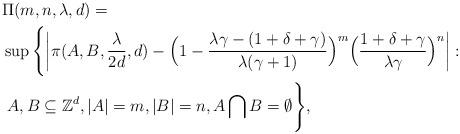
LaTeX: \begin{align*}&\Pi(m,n,\lambda,d)=\\&\sup\Bigg\{\bigg|\pi(A,B,\frac{\lambda}{2d},d)-\Big(1-\frac{\lambda\gamma-(1+\delta+\gamma)}{\lambda(\gamma+1)}\Big)^m\Big(\frac{1+\delta+\gamma}{\lambda\gamma}\Big)^n\bigg|:\\&~A,B\subseteq\mathbb{Z}^d, |A|=m, |B|=n, A\bigcap B=\emptyset\Bigg\},\end{align*}